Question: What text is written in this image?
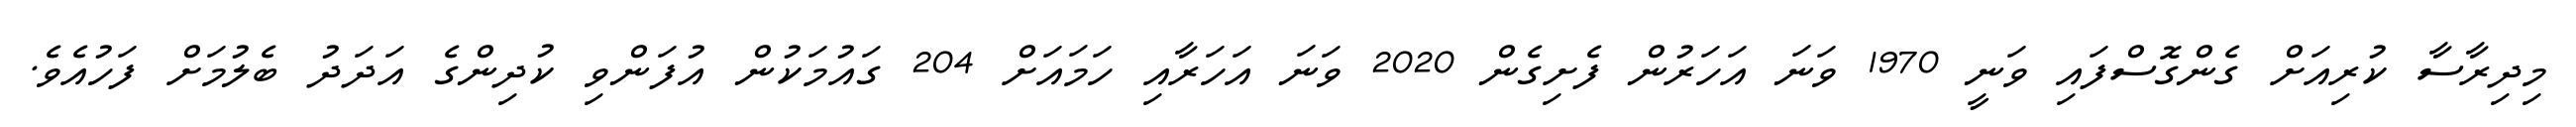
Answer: މިދިރާސާ ކުރިއަށް ގެންގޮސްފައި ވަނީ 1970 ވަނަ އަހަރުން ފެށިގެން 2020 ވަނަ އަހަރާއި ހަމައަށް 204 ގައުމަކުން އުފަންވި ކުދިންގެ އަދަދު ބެލުމަށް ފަހުއެވެ.